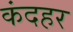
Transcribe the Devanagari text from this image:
कंदहर